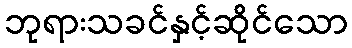
ဘုရားသခင်နှင့်ဆိုင်သော